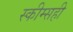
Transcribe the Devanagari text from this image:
स्कीम्सही